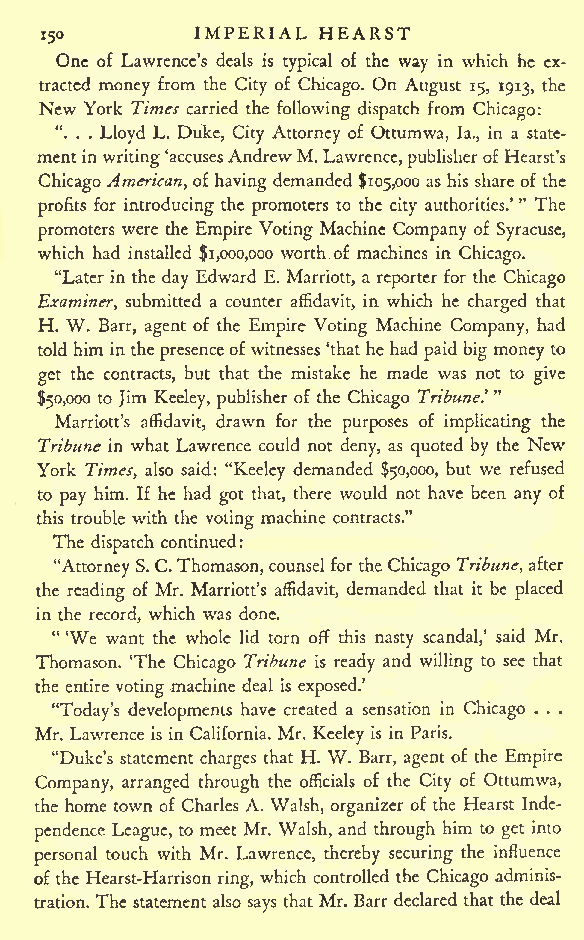
IMPERIAL HEARST
 150
 One of Lawrence's deals is typical of the way in which he ex-
 tracted money from the City of Chicago. On August 15, 1913, the
 New York Times carried the following dispatch from Chicago:
 ". . . Lloyd L. Duke, City Attorney of Ottumwa, la., in a state-
 mentin writing'accusesAndrewM. Lawrence,publisher of Hearst's
 Chicago American,of having demanded $105,000 as his share of the
 profits for introducing the promoters to the city authorities.' " The
 promoters were the Empire Voting Machine Company of Syracuse,
 which had installed $1,000,000 worth of machines in Chicago.
 "Later in the day Edward E. Marriott, a reporter for the Chicago
 Examiner, submitted a counter affidavit, in which he charged that
 H. W. Barr, agent of the Empire Voting Machine Company, had
 told him in the presenceof witnesses 'that he had paid big money to
 get the contracts, but that the mistake he made was not to give
 $50,000 to Jim Keeley, publisher of the Chicago Tribune' "
 Marriott's affidavit, drawn for the purposes of implicating the
 Tribune in what Lawrence could not deny, as quoted by the New
 York Times, also said: "Keeley demanded $50,000, but we refused
 to pay him. If he had got that, there would not have been any of
 this trouble with the voting machine contracts."
 The dispatch continued:
 "AttorneyS. C.Thomason,counsel for the Chicago Tribune, after
 the reading of Mr. Marriott's affidavit, demanded that it be placed
 in the record, which was done.
 " 'We want the whole lid torn off this nasty scandal,' said Mr.
 Thomason. 'The Chicago Tribune is ready and willing to see that
 the entire voting machine deal is exposed.'
 "Today's developments have created a sensation in Chicago . . .
 Mr. Lawrence is in California. Mr. Keeley is in Paris.
 "Duke's statement charges that H. W. Barr, agent of the Empire
 Company, arranged through the officials of the City of Ottumwa,
 the home town of Charles A. Walsh, organizer of the Hearst Inde-
 pendence League, to meet Mr. Walsh, and through him to get into
 personal touch with Mr. Lawrence, thereby securing the influence
 of the Hearst-Harrison ring, which controlled the Chicago adminis-
 tration. The statement also says that Mr. Barr declared that the deal